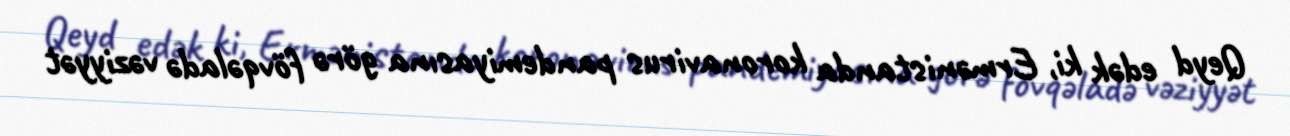
Qeyd edək ki, Ermənistanda koronavirus pandemiyasına görə fövqəladə vəziyyət